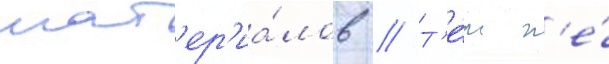
мат'ер'иа́лов // Т'е́м н'е́